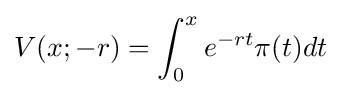
V(x;-r)=\int _{0}^{x}e^{-rt}\pi (t)dt